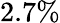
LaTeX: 2.7\%